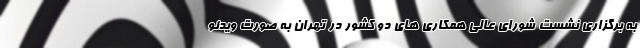
به برگزاری نشست شورای عالی همکاری های دو کشور در تهران به صورت ویدئو